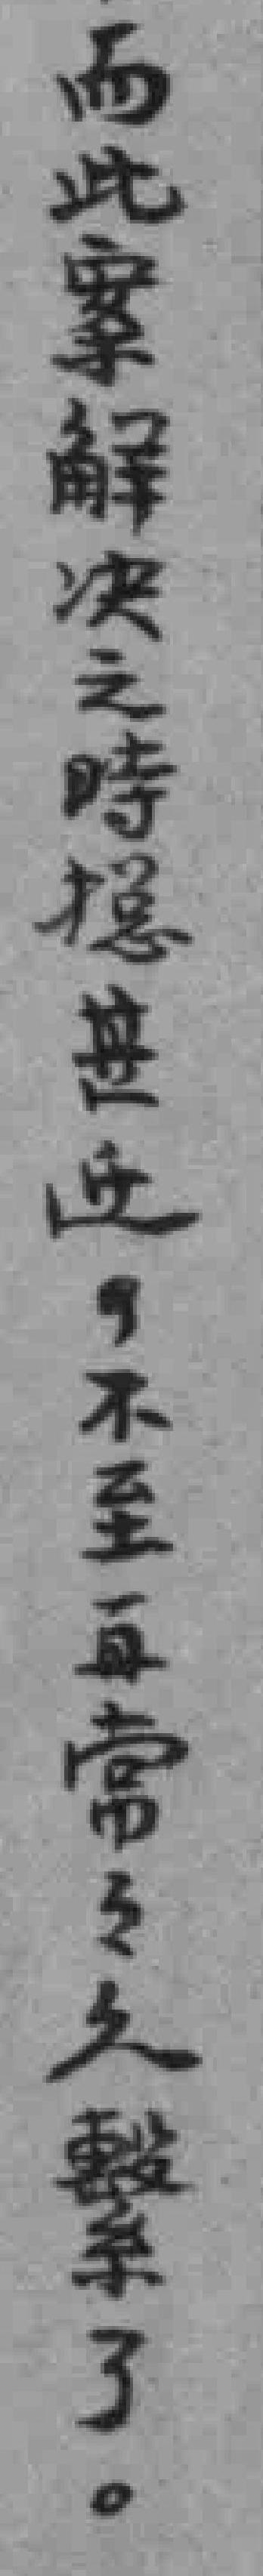
而此案解决之時*甚近，不至再常々久繫了。